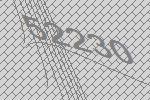
52230